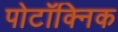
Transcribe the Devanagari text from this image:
पोटॉक्निक